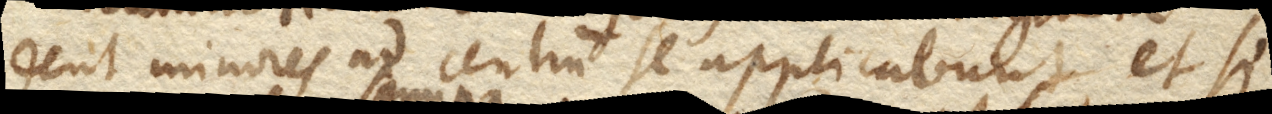
dent minores ad centrum se applicabunt, et si